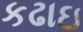
કઢાઇ